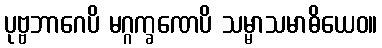
ပုဗ္ဗဘာဂေပိ မဂ္ဂက္ခဏေပိ သမ္မာသမာဓိယေဝ။